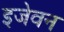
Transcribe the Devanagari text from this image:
इजेवन